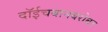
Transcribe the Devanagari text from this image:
दॉईचबानबरोबर